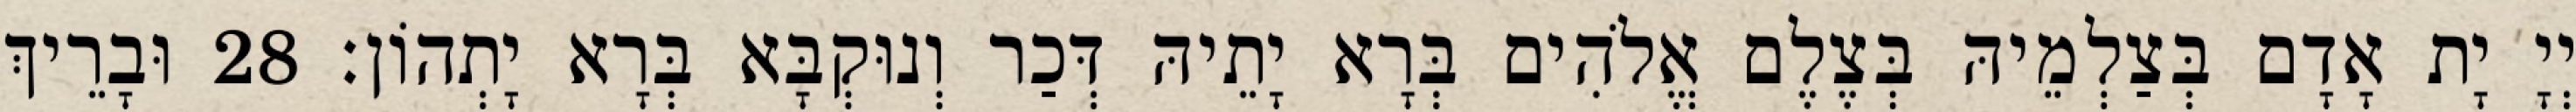
יְיָ יָת אָדָם בְּצַלְמֵיהּ בְּצֶלֶם אֱלֹהִים בְּרָא יָתֵיהּ דְּכַר וְנוּקְבָּא בְּרָא יָתְהוֹן׃ 28 וּבָרֵיךְ